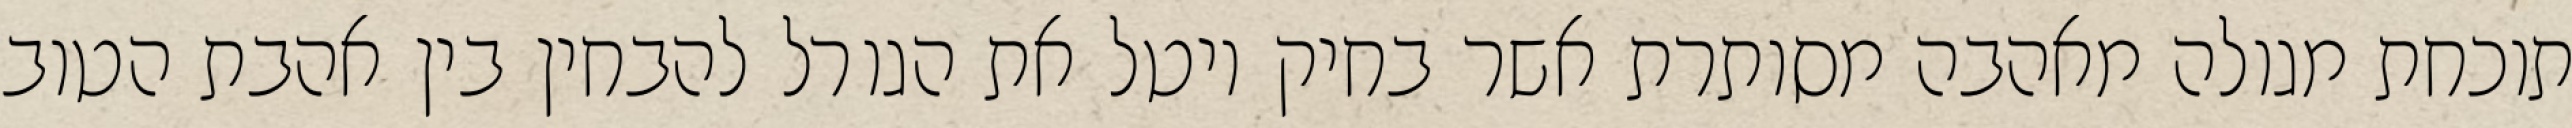
תוכחת מגולה מאהבה מסותרת אשר בחיק יוטל את הגורל להבחין בין אהבת הטוב